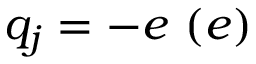
q _ { j } = - e ~ ( e )